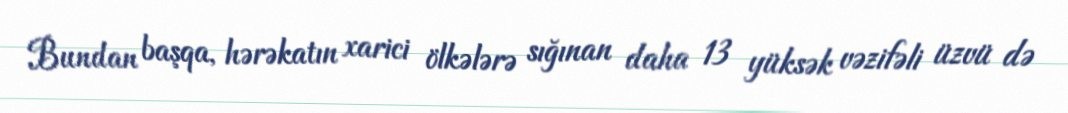
Bundan başqa, hərəkatın xarici ölkələrə sığınan daha 13 yüksək vəzifəli üzvü də